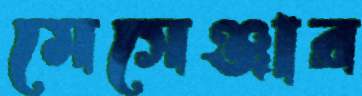
মেসেঞ্জার